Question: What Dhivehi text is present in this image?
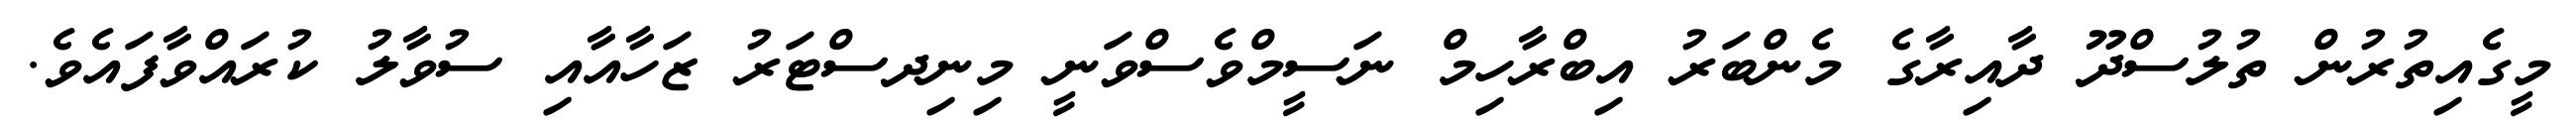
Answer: މީގެއިތުރުން ތުލުސްދޫ ދާއިރާގެ މެންބަރު އިބްރާހިމް ނަސީމްވެސްވަނީ މިނިދސްޓަރު ޒަހާއާއި ސުވާލު ކުރައްވާފައެވެ.